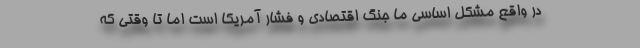
در واقع مشکل اساسی ما جنگ اقتصادی و فشار آمریکا است اما تا وقتی که